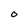
Character: O